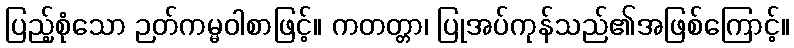
ပြည့်စုံသော ဉတ်ကမ္မဝါစာဖြင့်။ ကတတ္တာ၊ ပြုအပ်ကုန်သည်၏အဖြစ်ကြောင့်။